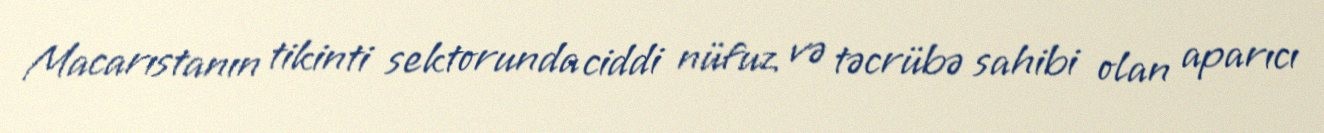
Macarıstanın tikinti sektorunda ciddi nüfuz və təcrübə sahibi olan aparıcı